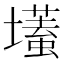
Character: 𡒹